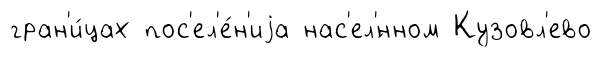
гран'и́цах пос'ел'е́н'иjа нас'ел'́нном Кузовл'ево